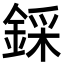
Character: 𨨫